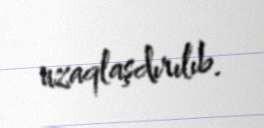
uzaqlaşdırılıb.